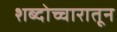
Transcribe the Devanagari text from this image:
शब्दोच्चारातून